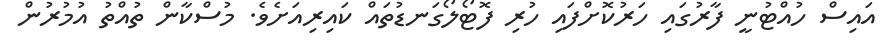
އައިސް ހުއްޓުނީ ފާރުގައި ހަރުކޮށްފައި ހުރި ފޮޓޯލޯގަނޑުތައް ކައިރިއަށެވެ. މުސްކާން ތުއްތު އުމުރުން